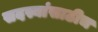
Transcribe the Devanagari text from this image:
सदस्यांसाठीच